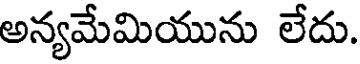
అన్యమేమియును లేదు.